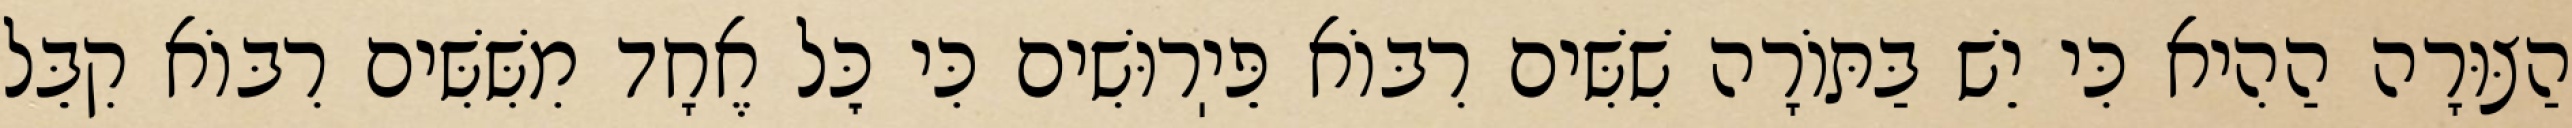
הַצּוּרָה הַהִיא כִּי יֵשׁ בַּתּוֹרָה שִׁשִּׁים רִבּוֹא פֵּיֽרוּשִׁים כִּי כׇּל אֶחָד מִשִּׁשִּׁים רִבּוֹא קִבֵּל